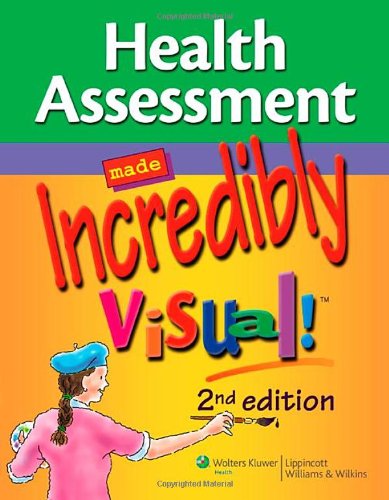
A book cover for Health Assessment Made Incredibly Visual! (Incredibly Easy! SeriesÂ®); Lippincott Williams &  Wilkins; Medical Books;